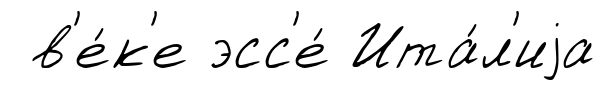
в'е́к'е эсс'е́ Ита́л'иjа